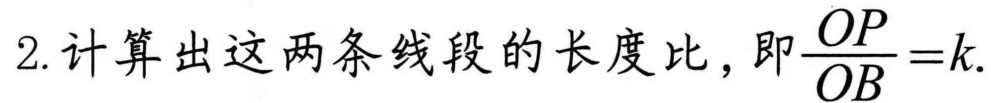
2. 计算出这两条线段的长度比，即\(\dfrac{OP}{OB}=k\).